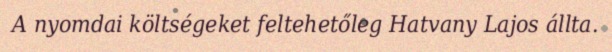
A nyomdai költségeket feltehetőleg Hatvany Lajos állta.